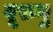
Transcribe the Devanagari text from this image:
बूरुगु